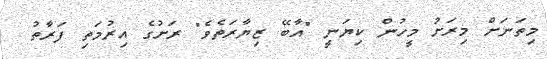
މިތަނަށް މިރަށު މީހުން ކިޔަނީ "އާބޭ ޒިޔާރަތެވެ" ރަށުގެ އިރުމަތި ފަރާތު